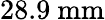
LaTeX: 28.9\ \mathrm{mm}